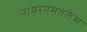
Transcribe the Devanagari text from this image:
नायरनमतलेस